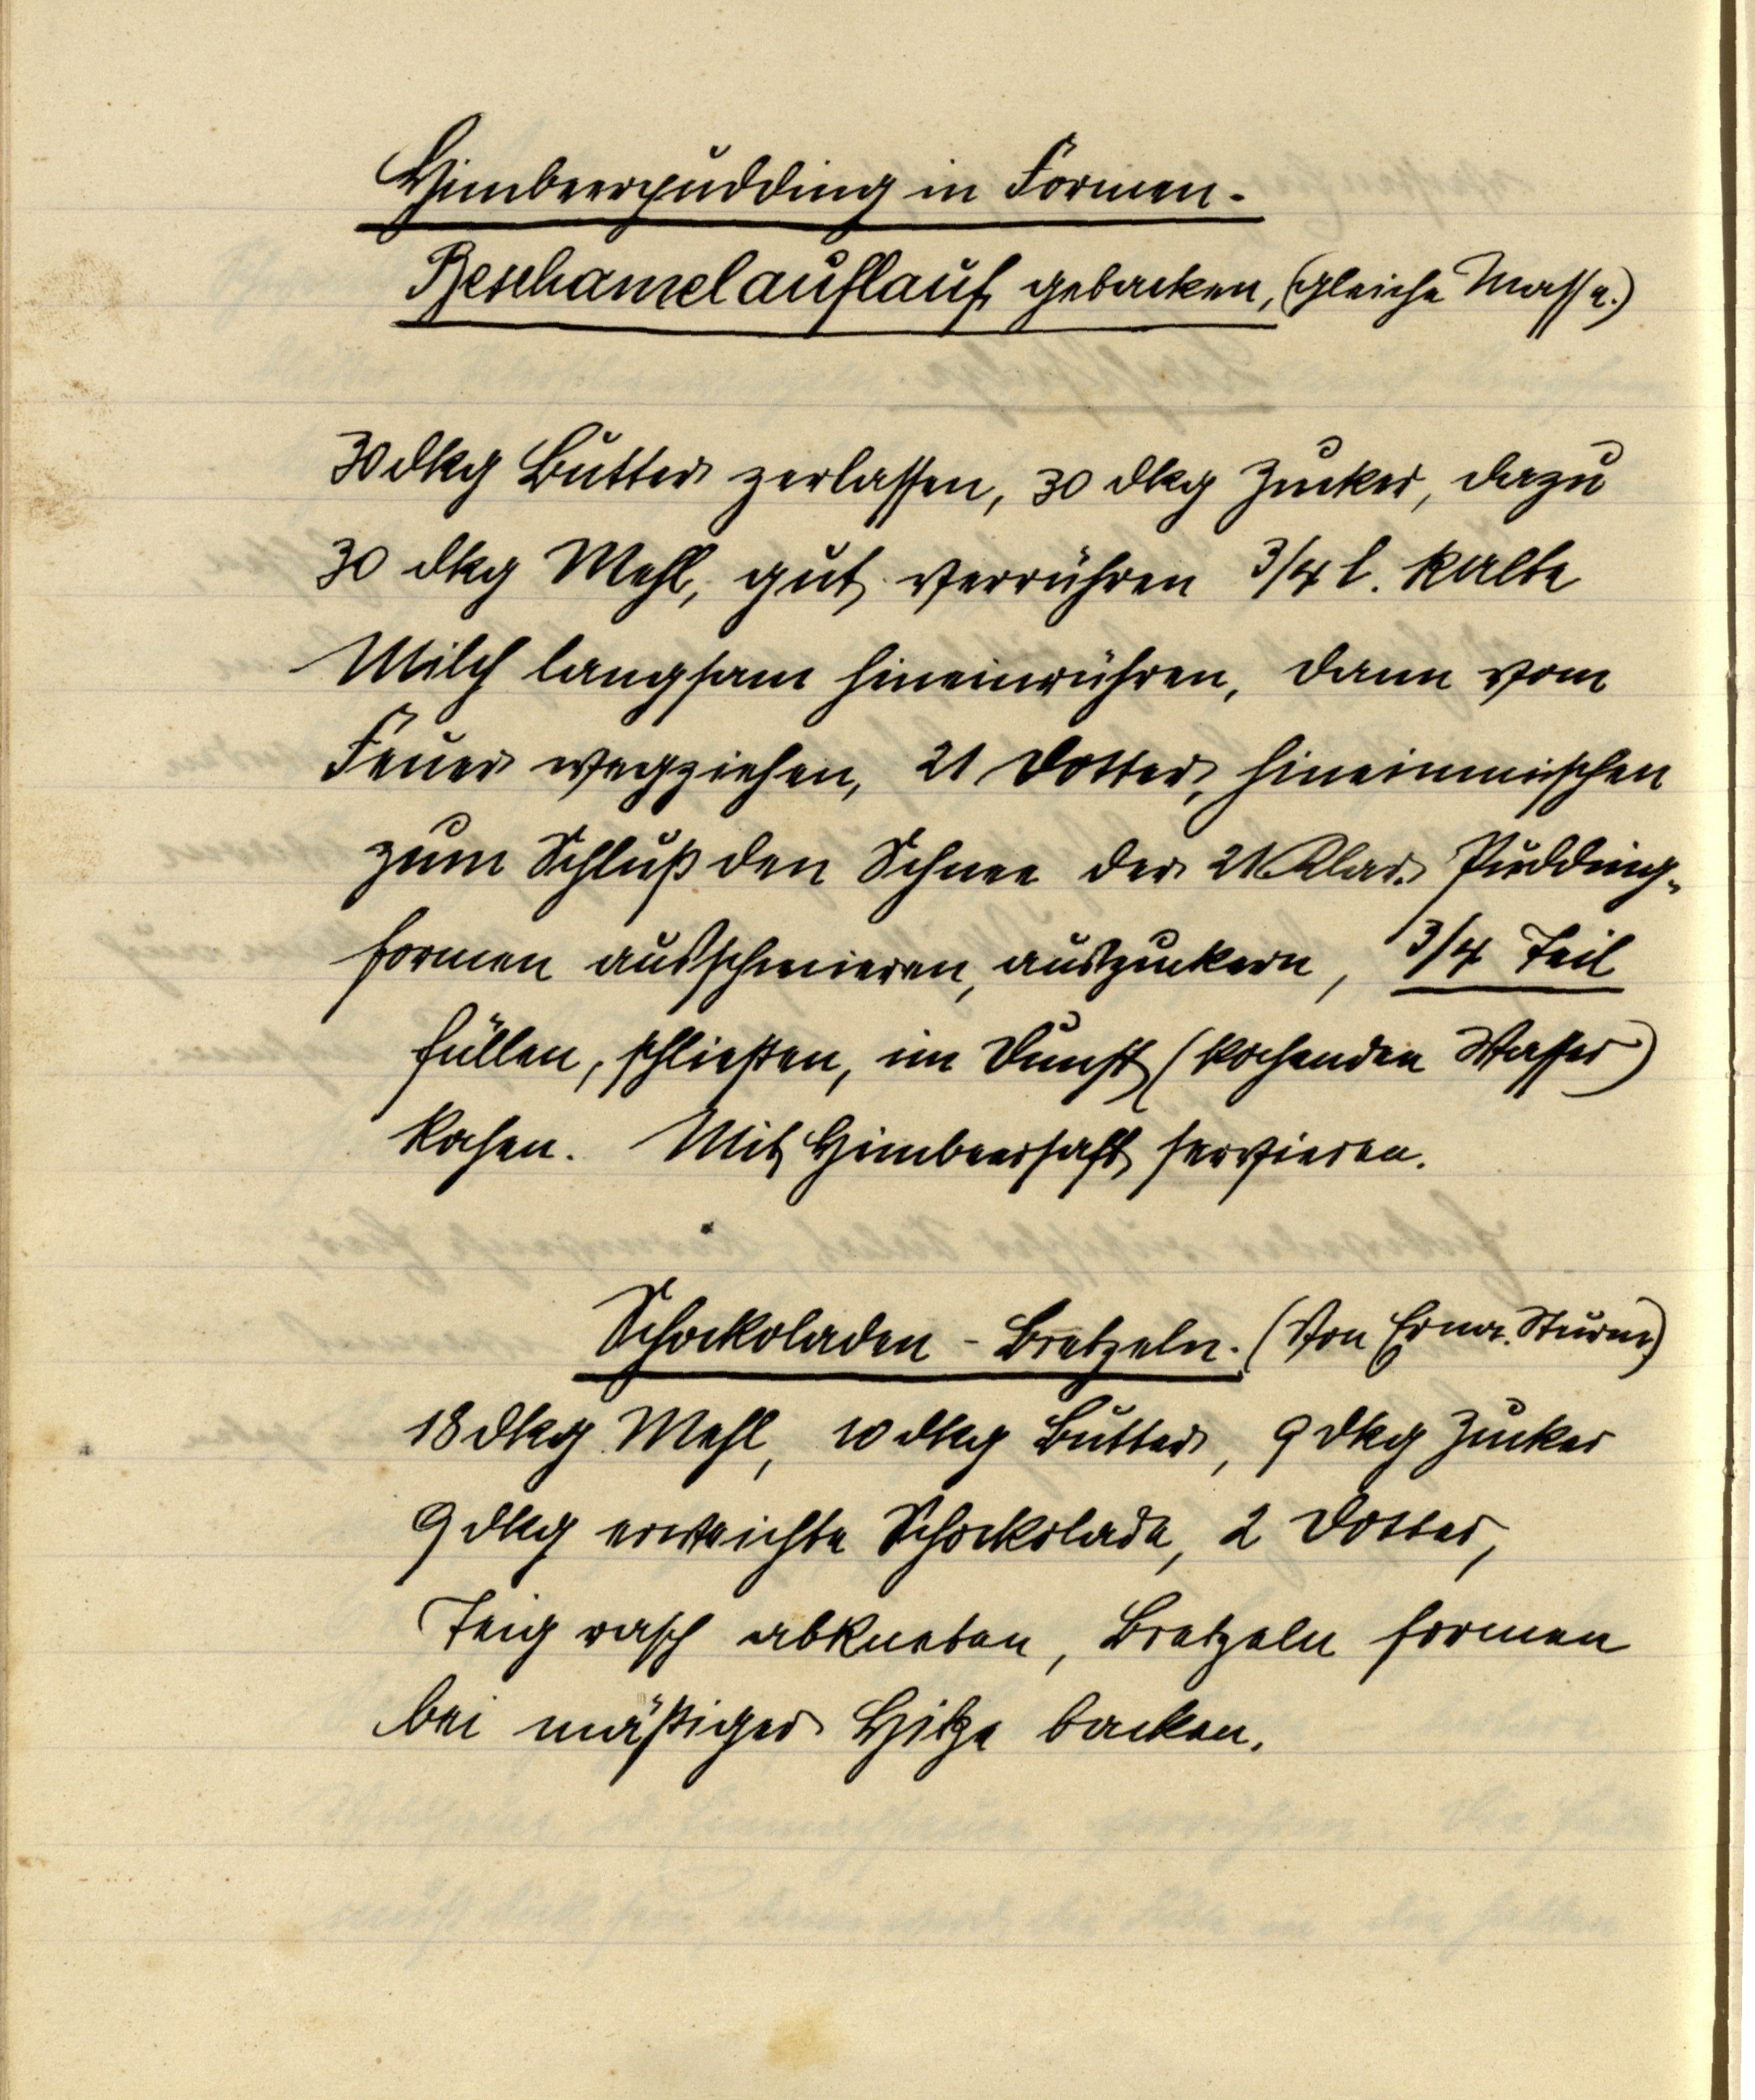
Himbeerpudding in Formen.
Betchamelauflauf gebacken, (gleiche Masse.)

30 dkg Butter zerlassen, 30 dkg Zucker, dazu
30 dkg Mehl, gut verrühren ¾ l. kalte
Milch langsam hineinrühren, dann vom
Feuer wegziehen, 21 Dotter, hineinmischen
zum Schluß den Schnee der 21 Klar. Pudding¬
formen ausschmieren, auszuckern, ¾ Teil
füllen, schließen, im Dunst (kochenden Wasser)
kochen. Mit Himbeersaft servieren.

Schockoladen-Bretzeln. (Von Erna Sturm)
18 dkg Mehl, 10 dkg Butter, 9 dkg Zucker
9 dkg erweichte Schockolade, 2 Dotter,
Teig rasch abkneten, Bretzeln formen
bei mäßiger Hitze backen.